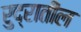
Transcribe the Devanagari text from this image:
रुद्रातील